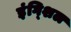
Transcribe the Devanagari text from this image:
इंग्शिल